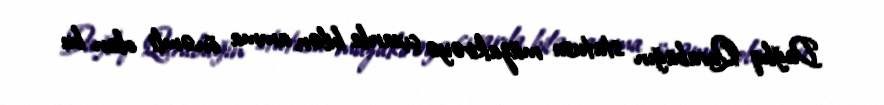
Dağlıq Qarabağın statusu müzakirəyə çıxarıla bilər, amma önəmli olan bu